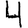
Digit: 4